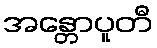
အန္တောပူတီ